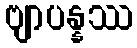
ဗျာပန္နဿ